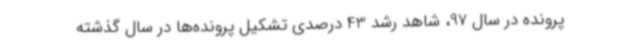
پرونده در سال 97، شاهد رشد 43 درصدی تشکیل پرونده‌ها در سال گذشته